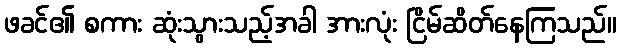
ဖခင်၏ စကား ဆုံးသွားသည့်အခါ အားလုံး ငြိမ်ဆိတ်နေကြသည်။